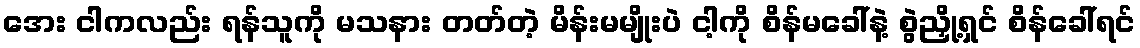
အေး ငါကလည်း ရန်သူကို မသနား တတ်တဲ့ မိန်းမမျိုးပဲ ငါ့ကို စိန်မခေါ်နဲ့ စွဲညှို့ရှင် စိန်ခေါ်ရင်